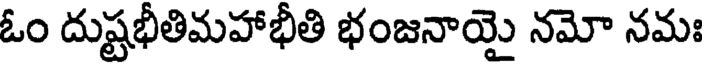
ఓం దుష్టభీతిమహాభీతి భంజనాయై నమో నమః